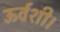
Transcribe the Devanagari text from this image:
ऊर्वशी।